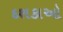
દશકાઓ